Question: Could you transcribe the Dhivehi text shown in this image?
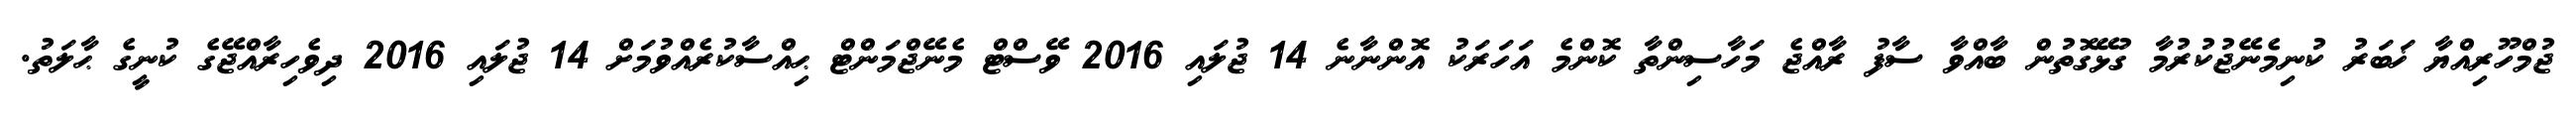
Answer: ޖުމްހޫރިއްޔާ ޚަބަރު ކުނިމެނޭޖުކުރުމާ ގުޅޭގޮތުން ބާއްވާ ސާފު ރާއްޖެ މަހާސިންތާ ކޮންމެ އަހަރަކު އޮންނާނެ 14 ޖުލައި 2016 ވޭސްޓް މެނޭޖްމަންޓް ޙިއްސާކުރެއްވުމަށް 14 ޖުލައި 2016 ދިވެހިރާއްޖޭގެ ކުނީގެ ޙާލަތު.